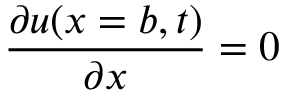
\frac { \partial u ( x = b , t ) } { \partial x } = 0